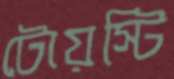
টোয়স্টি